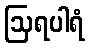
ဩရပါရံ